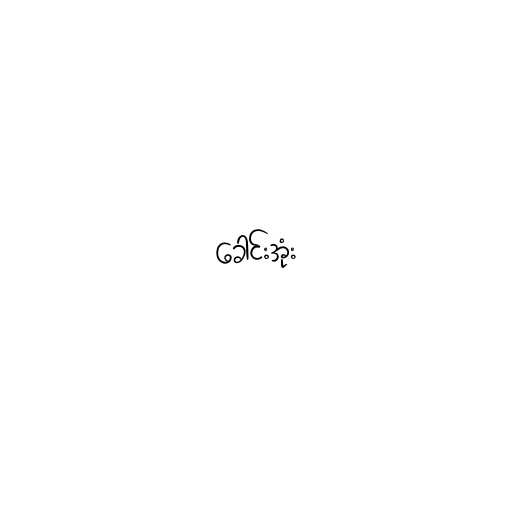
ခေါင်းအုံး